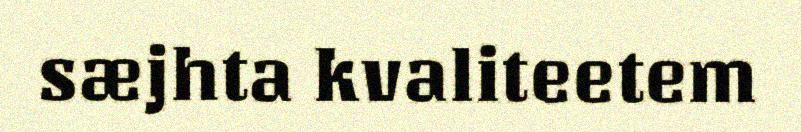
sæjhta kvaliteetem